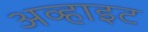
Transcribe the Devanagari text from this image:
अव्हाइट